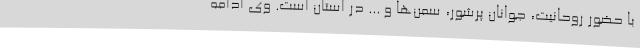
با حضور روحانیت، جوانان پرشور، سمن‌ها و ... در استان است. وی ادامه